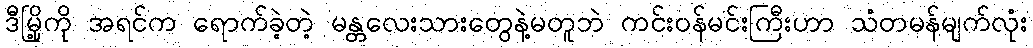
ဒီမြို့ကို အရင်က ရောက်ခဲ့တဲ့ မန္တလေးသားတွေနဲ့မတူဘဲ ကင်းဝန်မင်းကြီးဟာ သံတမန်မျက်လုံး